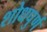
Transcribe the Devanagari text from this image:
शोधपुर्ण